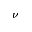
\nu